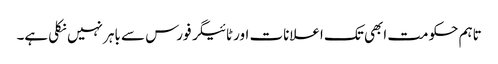
تاہم حکومت ابھی تک اعلانات اور ٹائیگر فورس سے باہر نہیں نکلی ہے۔